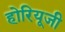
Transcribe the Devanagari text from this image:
होरियूजी